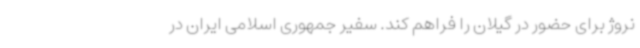
نروژ برای حضور در گیلان را فراهم کند. سفیر جمهوری اسلامی ایران در